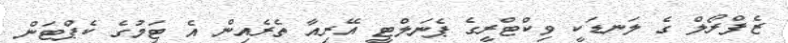
ޒެފްރޯލް ގެ ލަނޑަކީ ވިކްޓްރީގެ ޕެނަލްޓީ އޭރިއާ ތެރެއިން އެ ޓަިމުގެ ކެޕްޓަން